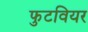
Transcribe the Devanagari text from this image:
फुटवियर